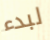
لبدء